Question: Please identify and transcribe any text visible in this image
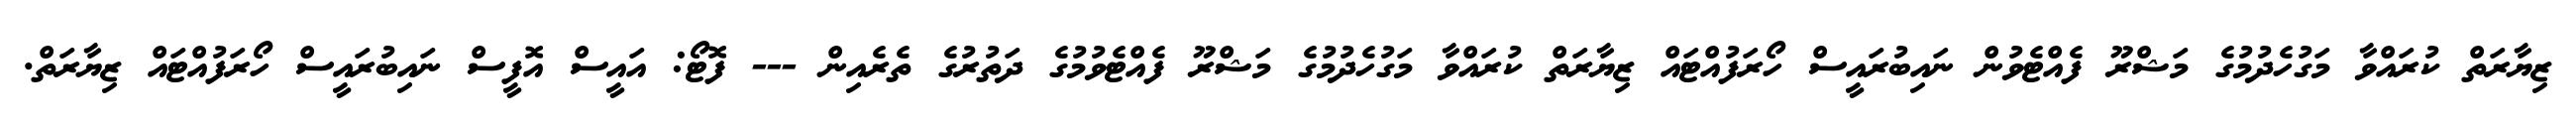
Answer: ޒިޔާރަތް ކުރައްވާ މަގުހެދުމުގެ މަޝްރޫ ފެއްޓެވުން ނައިބުރައީސް ހޯރަފުއްޓައް ޒިޔާރަތް ކުރައްވާ މަގުހެދުމުގެ މަޝްރޫ ފެއްޓެވުމުގެ ދަތުރުގެ ތެރެއިން --- ފޮޓޯ: އައީސް އޮފީސް ނައިބުރައީސް ހޯރަފުއްޓައް ޒިޔާރަތް.